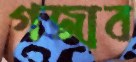
গজাব